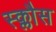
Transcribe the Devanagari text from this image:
स्क्लौस